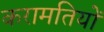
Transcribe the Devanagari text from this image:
करामतियों